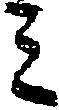
ミ